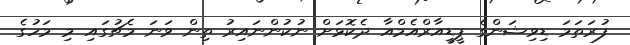
ފުރަތަމަ ޑިވިޝަންގެ ޕީޑީއާރްއެމްއާ ދެކޮޅަށް ނުކުންނައިރު ތިން ވަނަ މެޗުގައި މި މަހުގެ